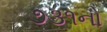
૭૩૧નો